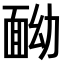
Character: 𩈏